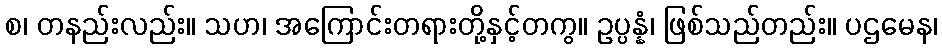
စ၊ တနည်းလည်း။ သဟ၊ အကြောင်းတရားတို့နှင့်တကွ။ ဥပ္ပန္နံ၊ ဖြစ်သည်တည်း။ ပဌမေန၊